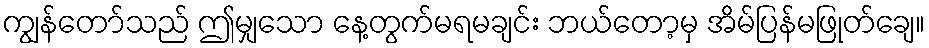
ကျွန်တော်သည် ဤမျှသော နေ့တွက်မရမချင်း ဘယ်တော့မှ အိမ်ပြန်မဖြုတ်ချေ။